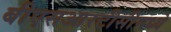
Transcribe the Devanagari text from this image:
बीएसआरटीसीमध्ये